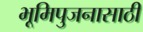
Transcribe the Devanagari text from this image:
भूमिपुजनासाठी